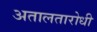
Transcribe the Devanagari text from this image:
अतालतारोधी